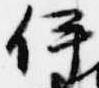
伊